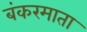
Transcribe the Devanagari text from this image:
बंकरमाता